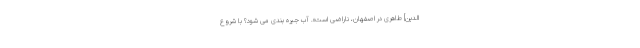
الدین] طاهرى در اصفهان، ناراضى است». آب جیره بندی می شود؟ با شروع